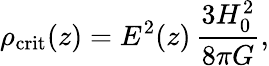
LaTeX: \rho_{\mathrm{crit}}(z)=E^{2}(z)\, \frac{3H_{0}^{2}}{8\pi G},